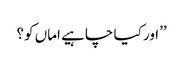
’’اور کیا چاہیے اماں کو؟